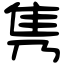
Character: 隽